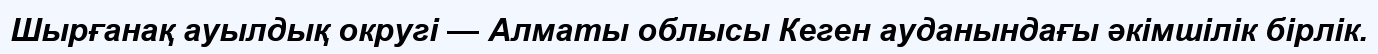
Шырғанақ ауылдық округі — Алматы облысы Кеген ауданындағы әкімшілік бірлік.